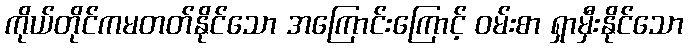
ကိုယ်တိုင်ကမတတ်နိုင်သော အကြောင်းကြောင့် ဝမ်းစာ ရှာမှီးနိုင်သော